Source: Handwritten
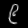
Digit: ၉ (9)